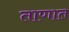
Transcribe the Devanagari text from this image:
ताणात